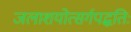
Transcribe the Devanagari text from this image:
जलाशयोत्सर्गपद्धतिः